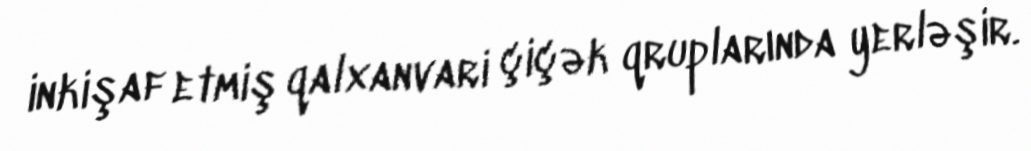
inkişaf etmiş qalxanvari çiçək qruplarında yerləşir.